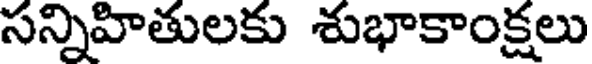
సన్నిహితులకు శుభాకాంక్షలు